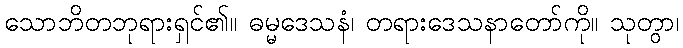
သောဘိတဘုရားရှင်၏။ ဓမ္မဒေသနံ၊ တရားဒေသနာတော်ကို။ သုတွာ၊